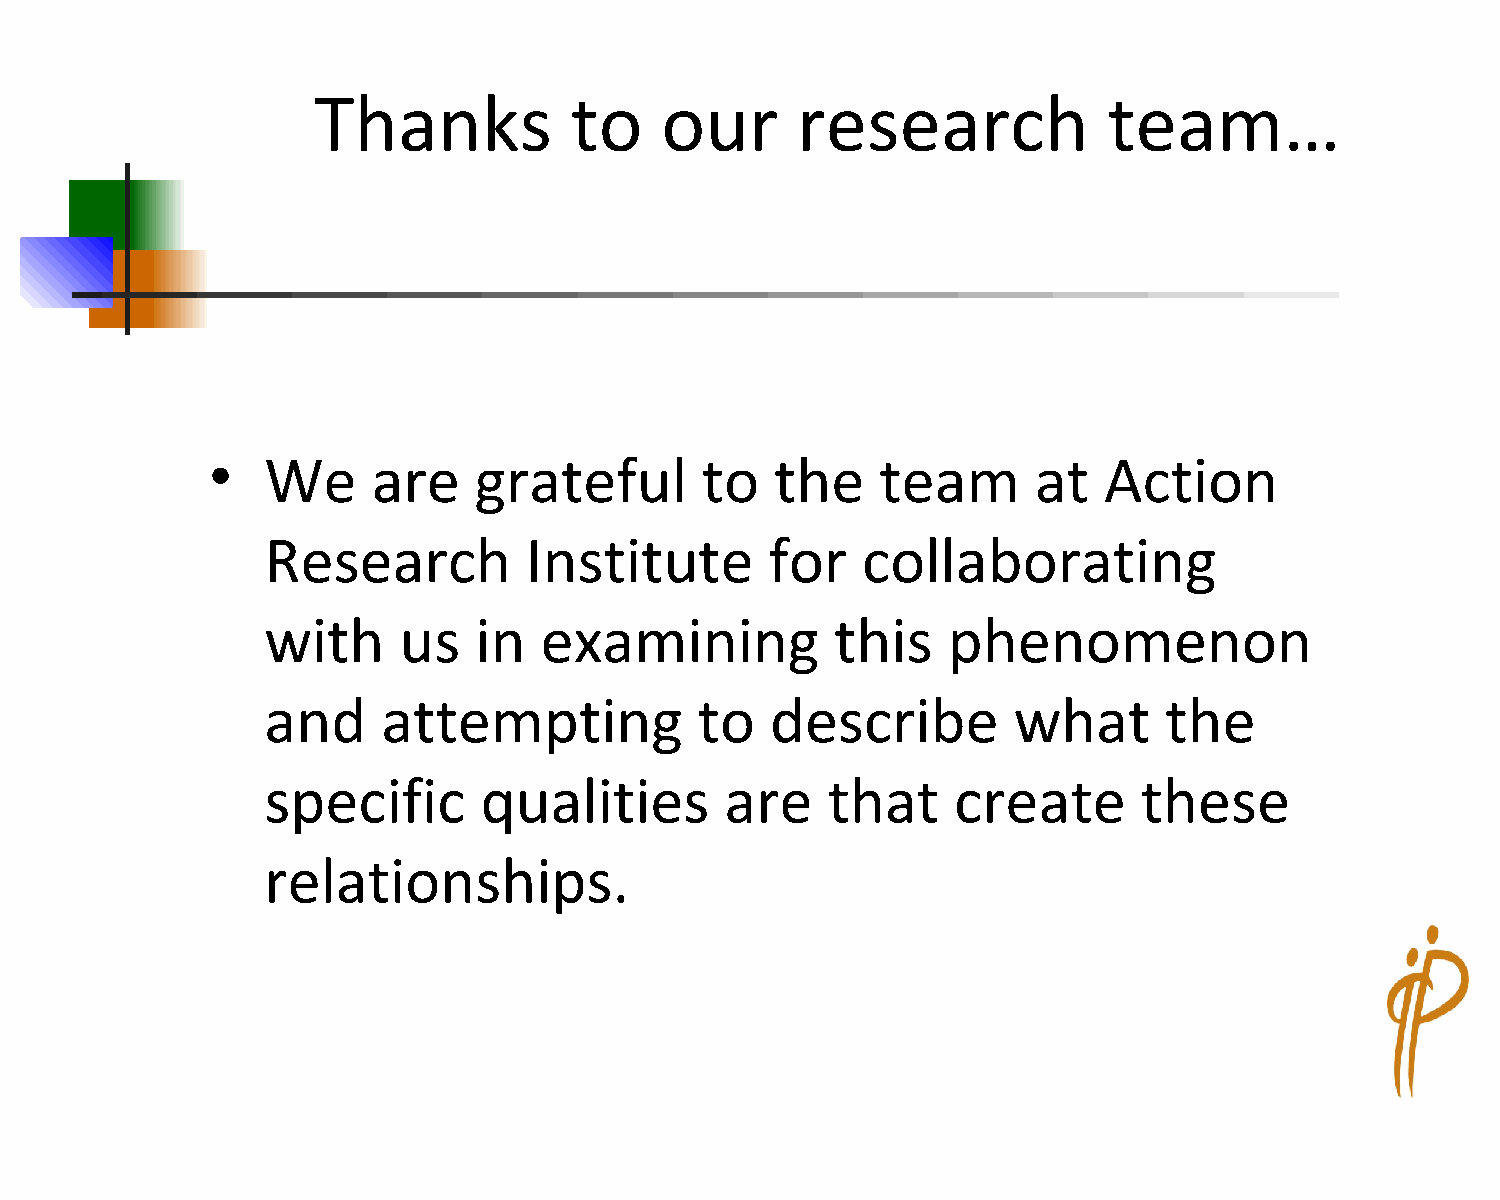
Thanks           to    our      research            team…
 •
 We     are   grateful       to   the    team       at  Action
 Research         Institute       for   collaborating
 with    us   in   examining          this    phenomenon
 and    attempting           to   describe        what      the
 specific      qualities       are    that    create       these
 relationships.